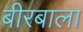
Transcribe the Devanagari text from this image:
बीरबाला